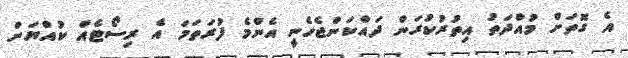
އެ ގޮތަށް މުއްދަތު އިތުރުކުރަން ދައްކަންޖެހެނީ އެންމެ ފުރަތަމަ އެ ރިސޯޓެއް ކުއްޔަށް